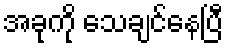
အခုကို သေချင်နေပြီ